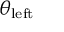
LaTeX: \theta _ { \mathrm { l e f t } }